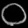
Digit: ၀